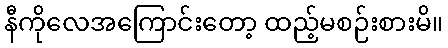
နီကိုလေအကြောင်းတော့ ထည့်မစဉ်းစားမိ။